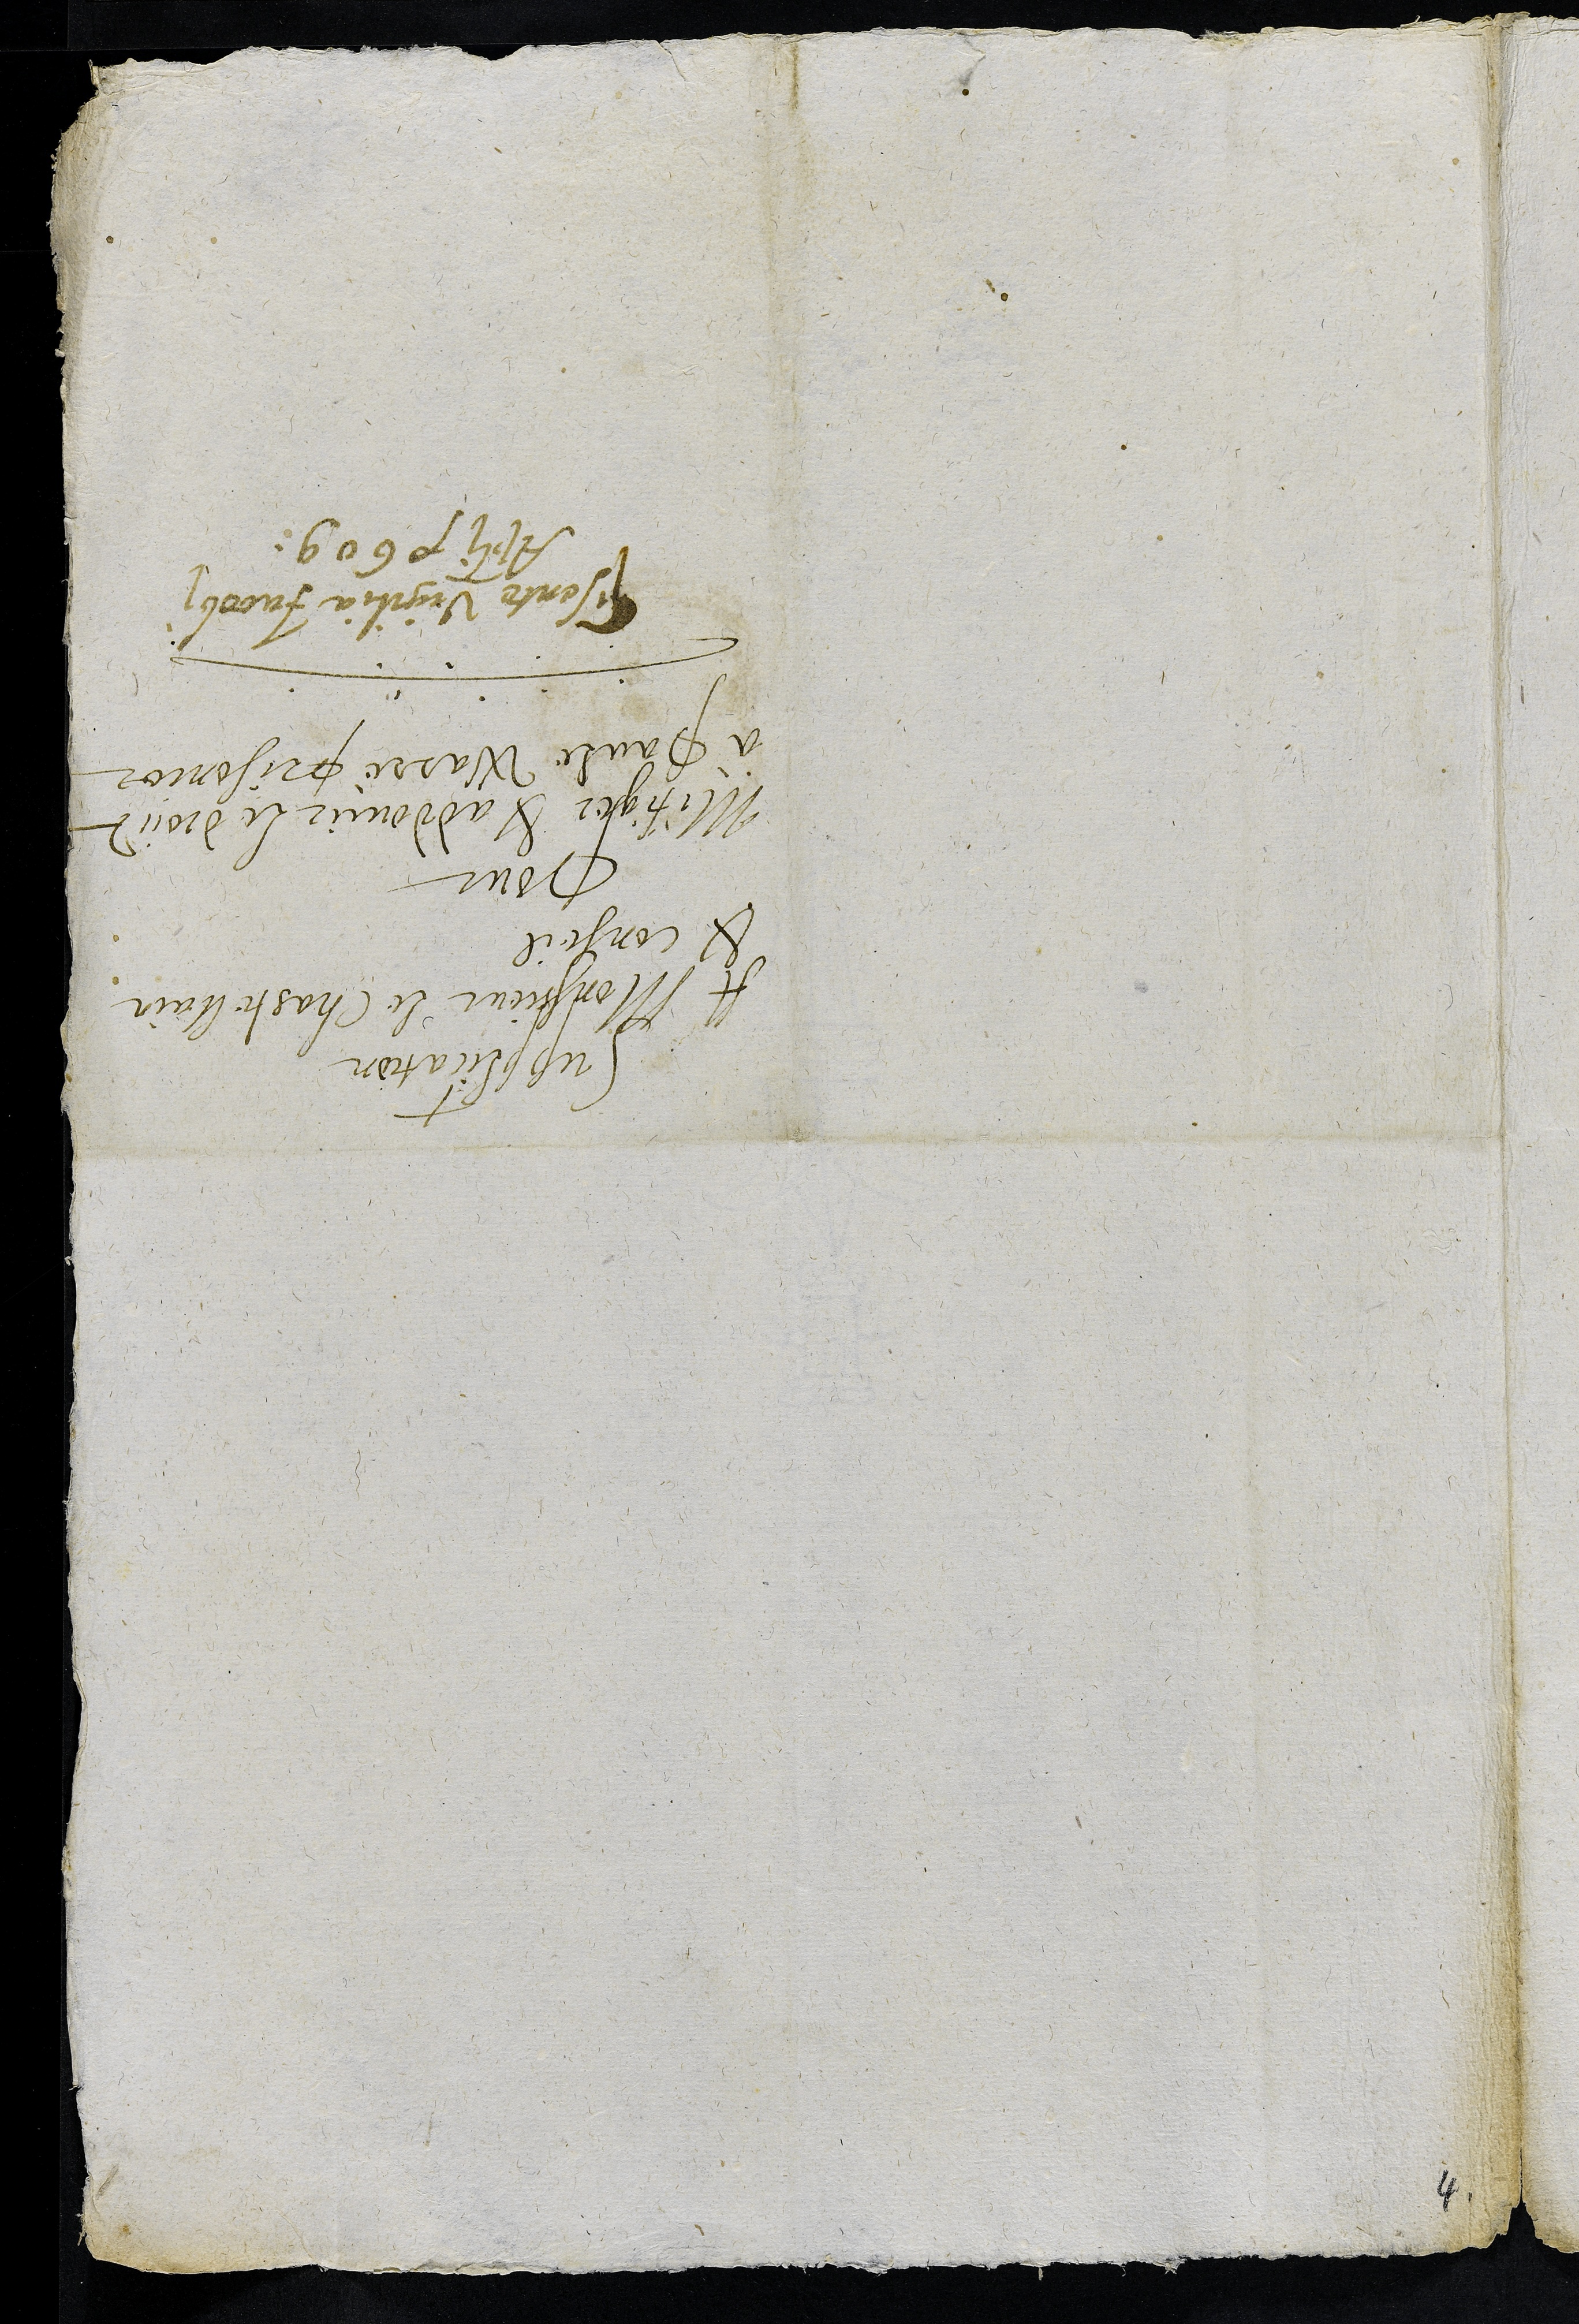
Supplication
A Monssieur le Chasellain
& conseil
Pour
Mitiger & addoucir le droict
à Paule Warré prisonier
Presente Vigilia Jacobi
Apostoli 1609
4